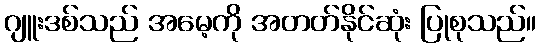
ဂျူးဒစ်သည် အမေ့ကို အတတ်နိုင်ဆုံး ပြုစုသည်။